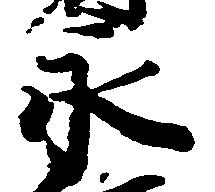
永